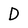
Character: D